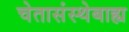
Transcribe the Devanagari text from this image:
चेतासंस्थेबाह्य